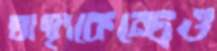
স্বাস্থ্যকেন্দ্রেও